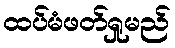
ထပ်မံဖတ်ရှုမည်